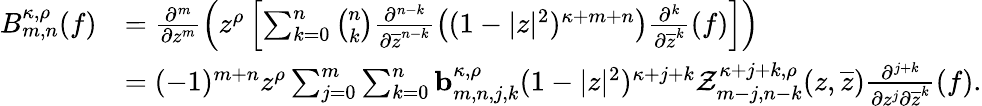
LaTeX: \begin{array}{rl}{B_{m,n}^{\kappa,\rho}(f)}&{=\frac{\partial^{m}}{\partial{z^{m}}}\left(z^{\rho}\left[\sum_{k=0}^{n}\binom{n}{k}\frac{\partial^{n-k}}{\partial{\overline{{z}}^{n-k}}}\left((1-|z|^{2})^{\kappa+m+n}\right)\frac{\partial^{k}}{\partial{\overline{{z}}^{k}}}(f)\right]\right)}\\ &{=(-1)^{m+n}z^{\rho}\sum_{j=0}^{m}\sum_{k=0}^{n}\mathbf{b}_{m,n,j,k}^{\kappa,\rho}(1-|z|^{2})^{\kappa+j+k}\mathcal{Z}_{m-j,n-k}^{\kappa+j+k,\rho}(z,\overline{{z}})\frac{\partial^{j+k}}{\partial z^{j}\partial\overline{{z}}^{k}}(f).}\end{array}